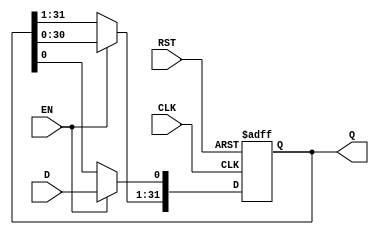
///////////////////////////////////////////////////////////////////////////////////////////////////
// Company: <Name>
//
// File history:
//      <Revision number>: <Date>: <Comments>
//      <Revision number>: <Date>: <Comments>
//      <Revision number>: <Date>: <Comments>
//
// Description: 
//
// <Description here>
//
// Targeted device: <Family::ProASIC3> <Die::A3P060> <Package::100 VQFP>
//
/////////////////////////////////////////////////////////////////////////////////////////////////// 
`timescale 1 ns/100 ps

module shift_reg32(RST, EN, D, Q, CLK );
input D; 
input CLK;
input RST;
input EN;
output [31:0] Q;
reg [31:0] Q_int;

always @(posedge CLK or posedge RST)
begin
   if (RST) 
   begin
   Q_int = {32{1'b0}};
   end
   
   else 
   begin
        if (EN)
        begin
		Q_int = Q_int << 1;
		Q_int[0] = D;
        end        
   end
end

assign Q = Q_int;

endmodule